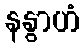
နနွာဟံ